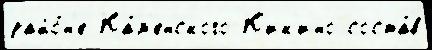
райо́н'е Ка́м'енского К'ик'ино соста́в